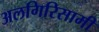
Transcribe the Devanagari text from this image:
अलगिरिसामी